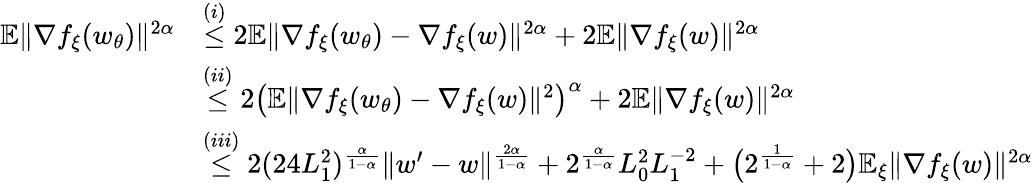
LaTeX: \begin{array}{rl}{\mathbb{E}\| \nabla f_{\xi}(w_{\theta})\| ^{2\alpha}}&{\overset{(i)}{\le}2\mathbb{E}\| \nabla f_{\xi}(w_{\theta})-\nabla f_{\xi}(w)\| ^{2\alpha}+2\mathbb{E}\| \nabla f_{\xi}(w)\| ^{2\alpha}}\\ &{\overset{(ii)}{\le}2\big(\mathbb{E}\| \nabla f_{\xi}(w_{\theta})-\nabla f_{\xi}(w)\| ^{2}\big)^{\alpha}+2\mathbb{E}\| \nabla f_{\xi}(w)\| ^{2\alpha}}\\ &{\overset{(iii)}{\le}2(24L_{1}^{2})^{\frac{\alpha}{1-\alpha}}\| w^{\prime}-w\| ^{\frac{2\alpha}{1-\alpha}}+2^{\frac{\alpha}{1-\alpha}}L_{0}^{2}L_{1}^{-2}+\big(2^{\frac{1}{1-\alpha}}+2\big)\mathbb{E}_{\xi}\| \nabla f_{\xi}(w)\| ^{2\alpha}}\end{array}